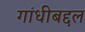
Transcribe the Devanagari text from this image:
गांधीबद्दल